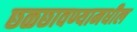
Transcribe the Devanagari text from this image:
छळछावण्यामधील